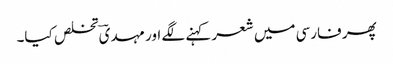
پھر فارسی میں شعر کہنے لگے اور مہدیؔ تخلص کیا۔